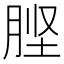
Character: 𭨶